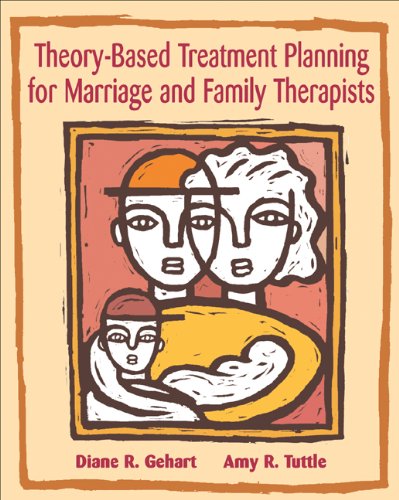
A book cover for Theory-Based Treatment Planning for Marriage and Family Therapists: Integrating Theory and Practice (Marital, Couple, & Family Counseling); Diane R. Gehart; Education & Teaching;